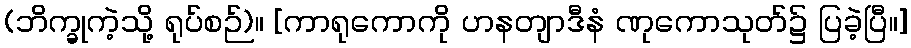
(ဘိက္ခုကဲ့သို့ ရုပ်စဉ်)။ [ကာရုကောကို ဟနတျာဒီနံ ဏုကောသုတ်၌ ပြခဲ့ပြီ။]